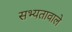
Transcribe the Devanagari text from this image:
सभ्यतावाले